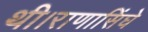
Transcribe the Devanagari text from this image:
थी।राणासिंघे